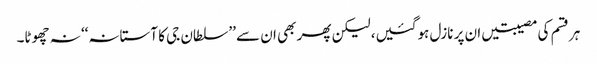
ہر قسم کی مصیبتیں ان پر نازل ہوگئیں، لیکن پھر بھی ان سے ’’سلطان جی کا آستانہ‘‘ نہ چھوٹا۔